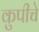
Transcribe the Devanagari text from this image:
कुपीचे